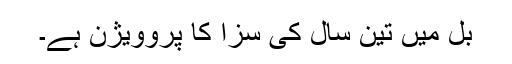
بل میں تین سال کی سزا کا پروویژن ہے۔